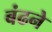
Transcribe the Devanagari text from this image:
बंढने